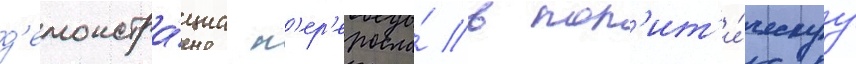
д'емонстра́циа п'ер'еросла́ в пол'ит'и́ческуу